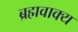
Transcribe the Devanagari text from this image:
ब्रह्मवाक्‍य